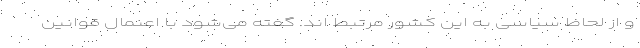
و از لحاظ سیاسی به این کشور مرتبط اند. گفته می‌شود با اعنمال قوانین